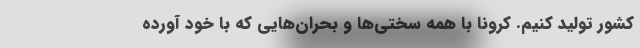
کشور تولید کنیم. کرونا با همه سختی‌ها و بحران‌هایی که با خود آورده